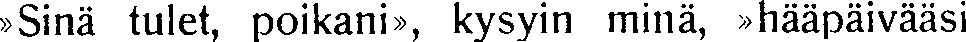
»Sinä tulet, poikani», kysyin minä, »hääpäivääsi